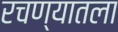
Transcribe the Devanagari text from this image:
रचण्यातला